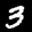
Label: 3